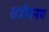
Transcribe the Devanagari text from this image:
क्षत्रीयनम